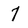
Character: 7